Scottish Leaving Certificate Examination, 1951
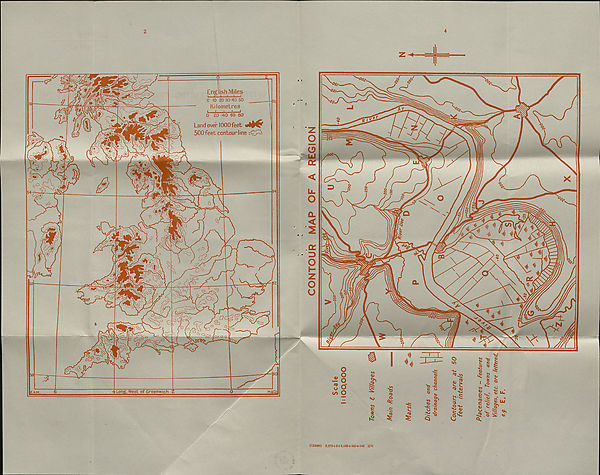
LOWER GEOG
(MAPS)
ro
Vi
\
O'*
SCOTTISH LEAVING CERTIFICATE EXAMINATION
1951
GEOGRAPHY
LOWER GRADE
MAPS
FILL THIS IN FIRST
[OVER